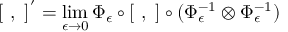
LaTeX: [ \ , \ ] ^ { ' } = \operatorname * { l i m } _ { \epsilon \to 0 } \Phi _ { \epsilon } \circ [ \ , \ ] \circ ( \Phi _ { \epsilon } ^ { - 1 } \otimes \Phi _ { \epsilon } ^ { - 1 } )